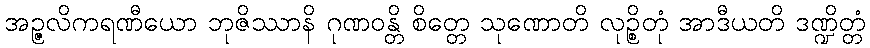
အဉ္ဇလိကရဏီယော ဘုဇိဿာနိ ဂုဏဝန္တိ စိတ္တေ သုဏောတိ လုဉ္စိတုံ အာဒီယတိ ဒဏ္ဍိတ္တံ